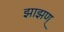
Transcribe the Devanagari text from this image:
झाझण्